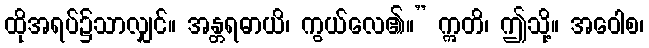
ထိုအရပ်၌သာလျှင်။ အန္တရဓာယိ၊ ကွယ်လေ၏။” ဣတိ၊ ဤသို့။ အဝေါစ၊